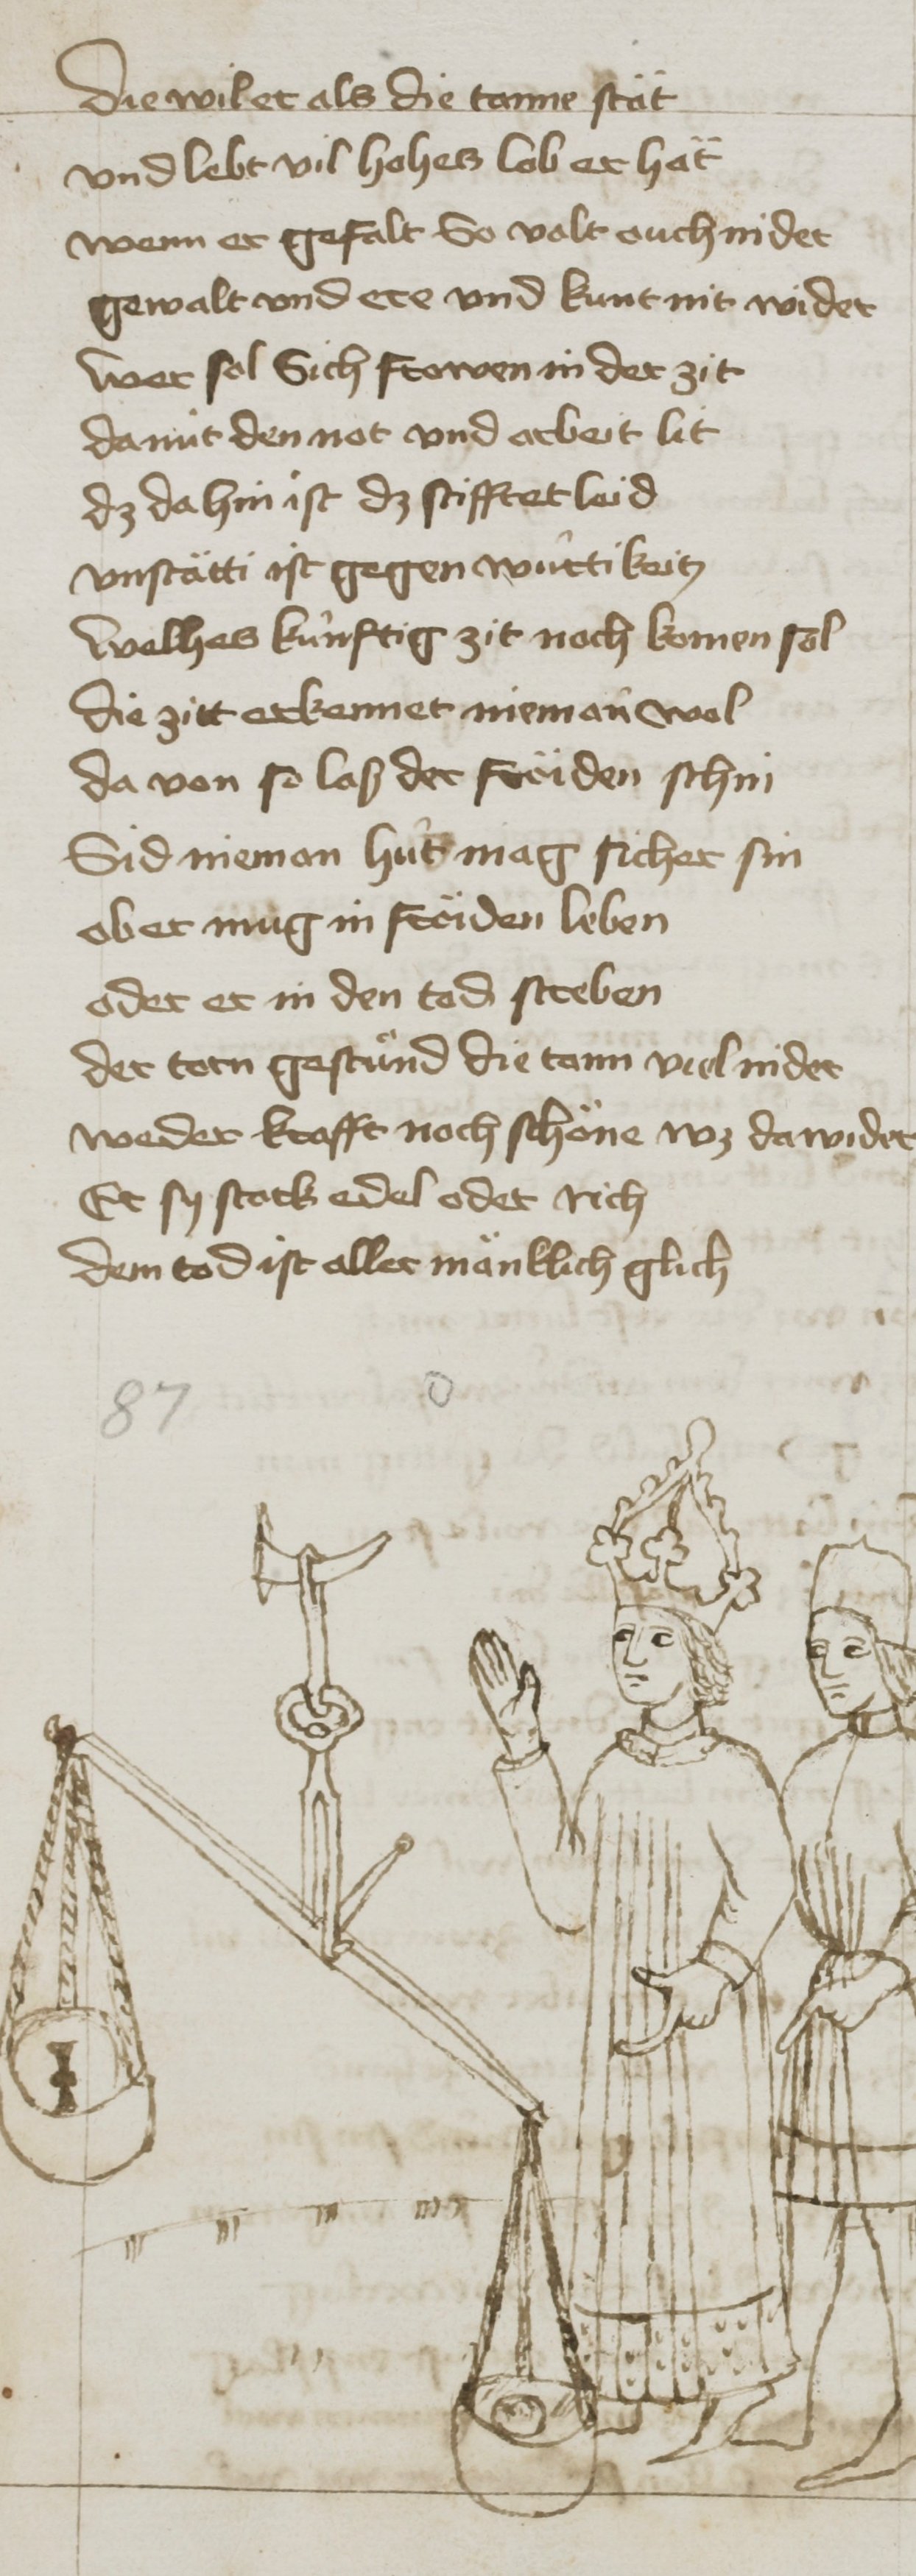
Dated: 1400–1499